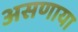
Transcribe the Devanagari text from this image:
असणाया